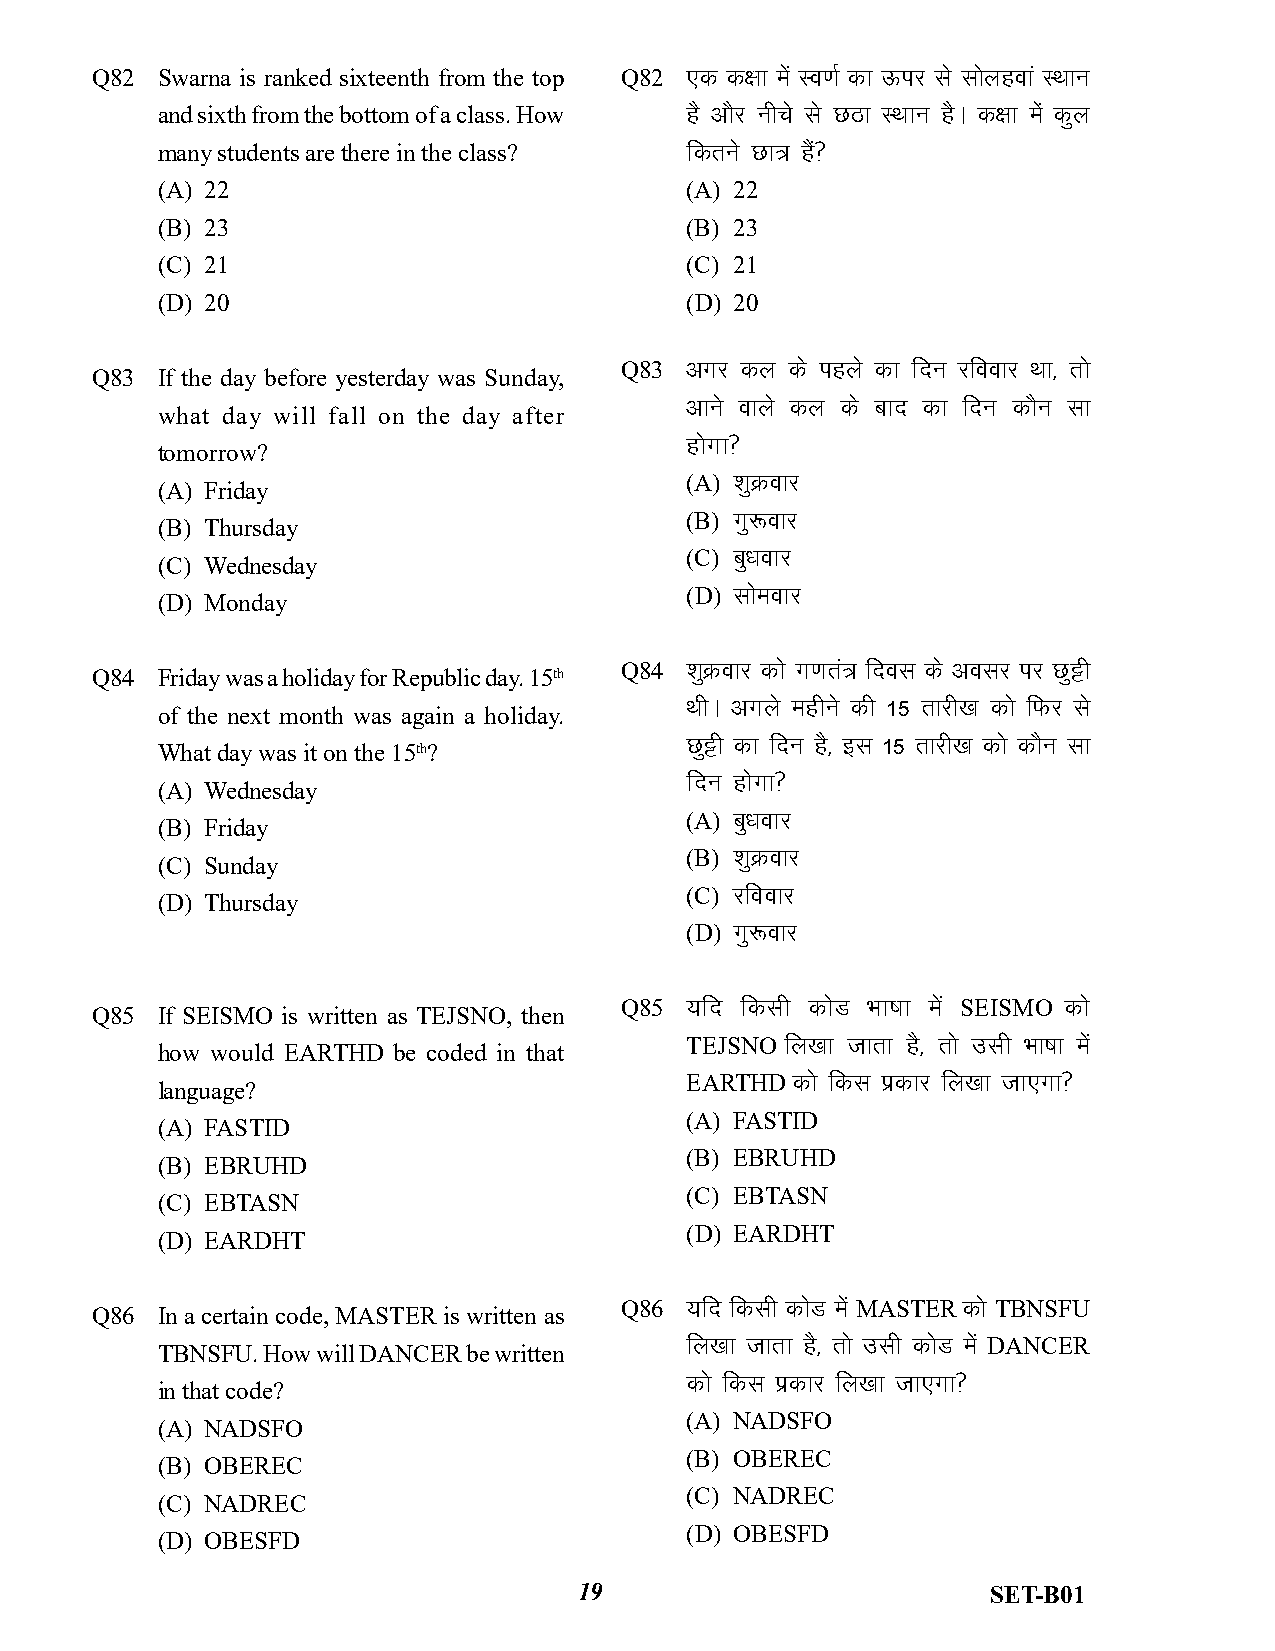
Q82 Swarna is ranked sixteenth from the top Q82 ,d d{kk e as Lo.kZ dk Åij ls lkys goka LFkku
 and sixth from the bottom of a class. How g S vkSj uhps ls NBk LFkku gAS d{kk ea s dqy
 many students are there in the class? fdru s Nk= gSa\
 (A) 22                             (A) 22
 (B) 23                             (B) 23
 (C) 21                             (C) 21
 (D) 20                             (D) 20
 Q83 vxj dy ds igys dk fnu jfookj Fkk] rks
 Q83 If the day before yesterday was Sunday,
 vkus okys dy ds ckn dk fnu dkSu lk
 what day will fall on the day after
 gksxk\
 tomorrow?
 (A) “kØq okj
 (A) Friday
 (B) xq:okj
 (B) Thursday
 (C) cq/kokj
 (C) Wednesday
 (D) lkes okj
 (D) Monday
 Q84 “kqØokj dk s x.kr=a fnol ds volj ij Nqêh
 Q84 Friday was a holiday for Republic day. 15th
 FkhA vxys eghus dh 15 rkjh[k dks fQj ls
 of the next month was again a holiday.
 Nqêh dk fnu gS] bl 15 rkjh[k dk s dkSu lk
 What day was it on the 15th?
 fnu gkxs k\
 (A) Wednesday
 (A) cq/kokj
 (B) Friday
 (B) “kØq okj
 (C) Sunday
 (C) jfookj
 (D) Thursday
 (D) xq:okj
 Q85 ;fn fdlh dksM Hkk’kk esa SEISMO dks
 Q85 If SEISMO is written as TEJSNO, then
 TEJSNO fy[kk tkrk gS] rk s mlh Hkk’kk esa
 how would EARTHD be coded in that
 EARTHD dks fdl izdkj fy[kk tk,xk\
 language?
 (A) FASTID
 (A) FASTID
 (B) EBRUHD
 (B) EBRUHD
 (C) EBTASN
 (C) EBTASN
 (D) EARDHT
 (D) EARDHT
 Q86 ;fn fdlh dkMs e sa MASTER dks TBNSFU
 Q86 In a certain code, MASTER is written as
 fy[kk tkrk gS] rk s mlh dksM e as DANCER
 TBNSFU. How will DANCER be written
 dks fdl izdkj fy[kk tk,xk\
 in that code?
 (A) NADSFO
 (A) NADSFO
 (B) OBEREC
 (B) OBEREC
 (C) NADREC
 (C) NADREC
 (D) OBESFD
 (D) OBESFD
 19                          SET-B01